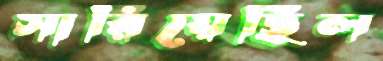
সারিয়েছিল